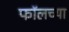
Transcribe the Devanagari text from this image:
फॉलच्या